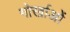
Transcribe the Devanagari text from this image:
गोर्खाओं